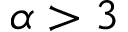
\alpha > 3